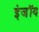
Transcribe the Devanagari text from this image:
इंजॉय